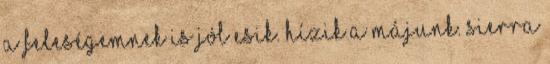
A feleségemnek is jól esik. Hízik a májunk. Sierra